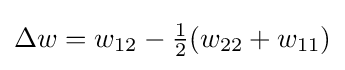
\Delta w=w_{12}-{\tfrac {1}{2}}(w_{22}+w_{11})